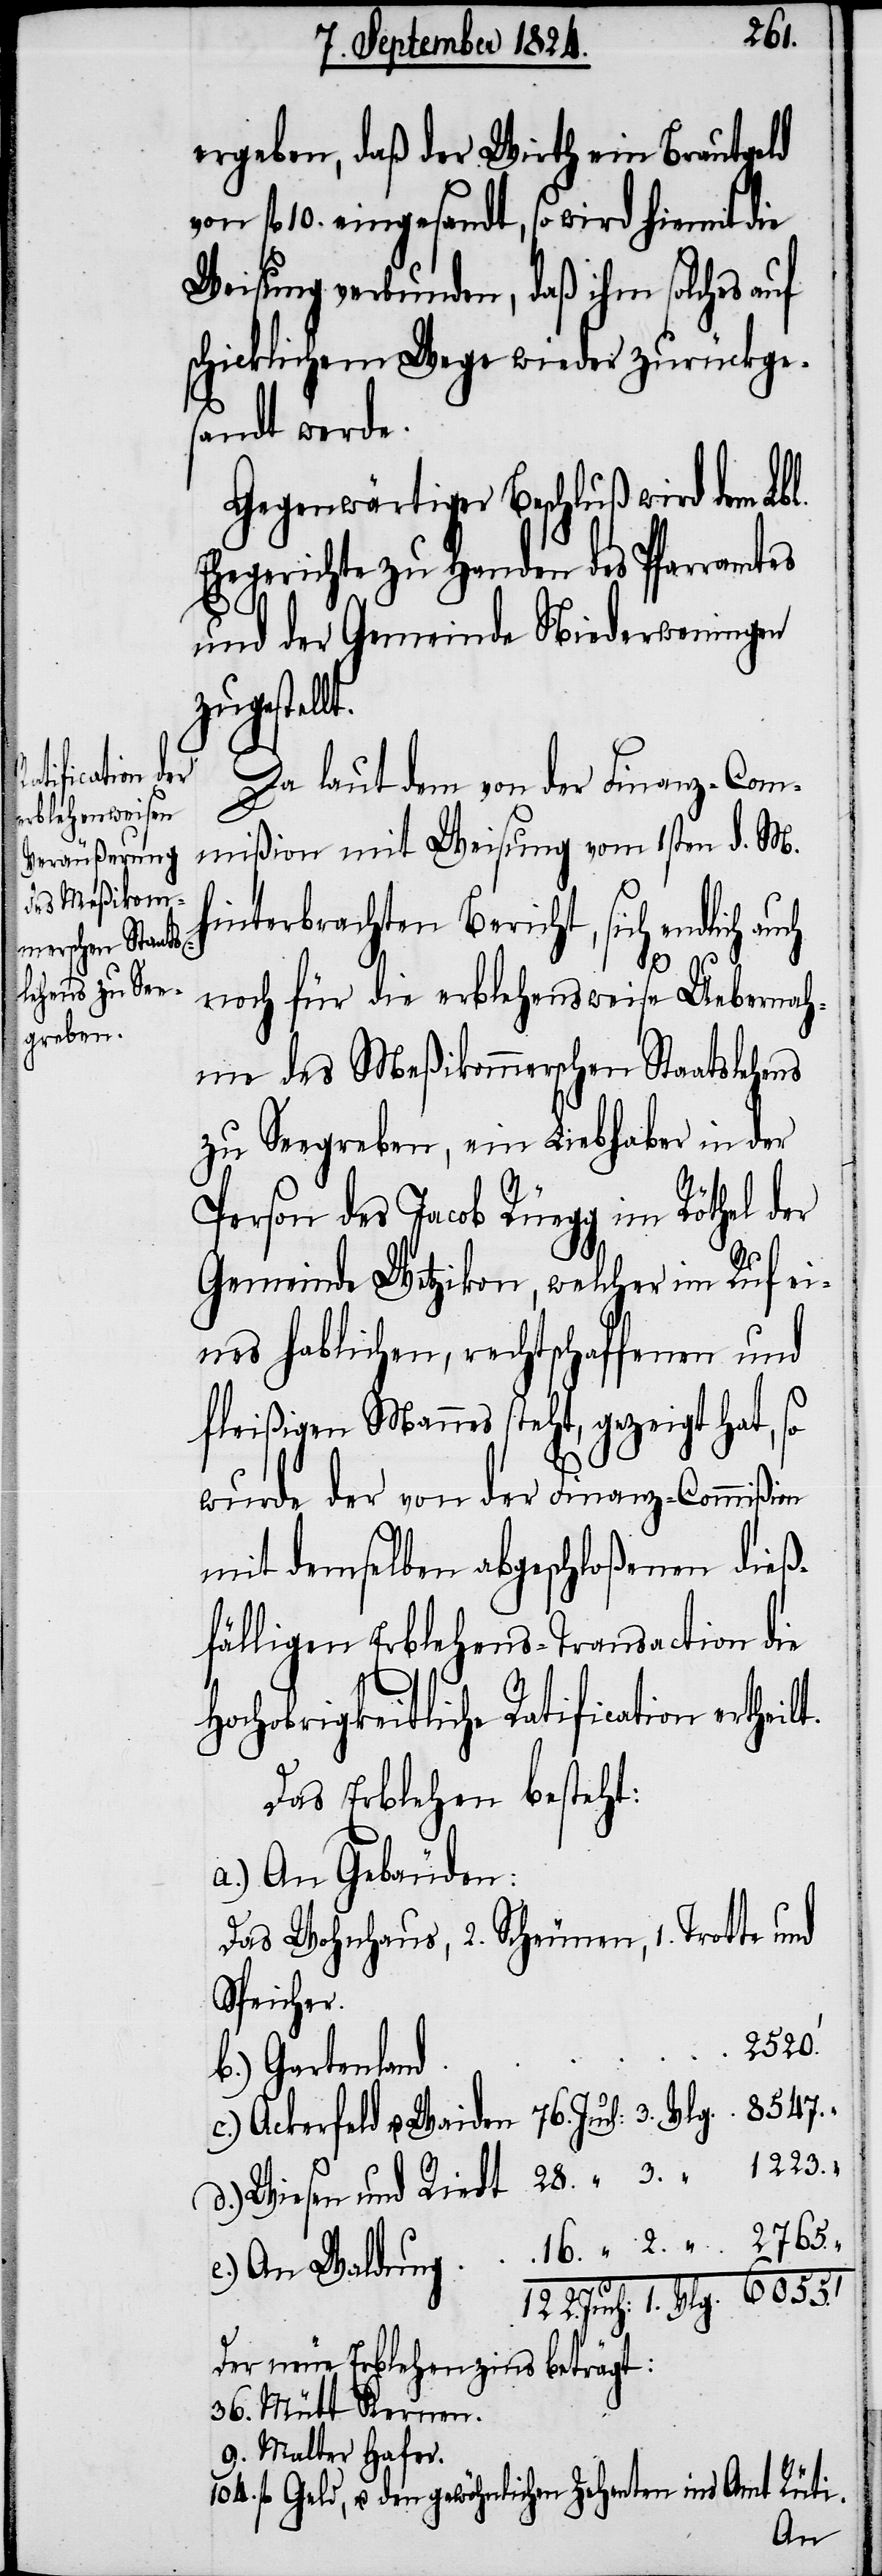
28.
ergeben, daß der Wirth ein Brautgeld
von fl 10. eingesandt, so wird hiermit die
Weisung verbunden, daß ihm solches auf
schicklichem Wege wieder zurückge¬
sandt werde.
Gegenwärtiger Beschluß wird dem Lbl.
Ehegerichte zu Handen des Pfarramtes
und der Gemeinde Niederweningen
zugestell¬
Da laut dem von der Finanz-Com¬
mißion mit Weisung vom 1sten d. M.
hinterbrachten Bericht, sich endlich au¬
16.
noch für die erblehensweise Uebernah¬
me des Meßikommerschen Staatslehens
zu Seegreben, ein Liebhaber in der
Person des Jacob Rüegg im Röthel der
Gemeinde Wetzikon, welcher im Ruf ei¬
nes hablichen, rechtschaffenen und
fleißigen Mannes steht, gezeigt hat, so
wurde der von der Finanz-Commißion
mit demselben abgeschloßenen dieß¬
fälligen Erblehens-Transaction die
Hochobrigkeitliche Ratification ertheil¬
Das Erblehen besteht:
a.) An Gebäuden:
Das Wohnhaus, 2. Scheunen, 1. Trotte und
_
c.) Ackerfeld u. Waiden 76. Juch: 3. Vlg.
d.) Wiesen und Riedt
e.) An Waldung
122. Juch: 1. Vlg.
Der neue Erblehenszins beträgt:
36. Mütt Kernen.
9. Malter Hafer
104. fl Geld, u. den gewöhnlichen Zehenten ins Amt Rüti.